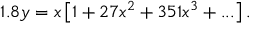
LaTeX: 1 . 8 y = x \left[ 1 + 2 7 x ^ { 2 } + 3 5 1 x ^ { 3 } + . . . \right] .